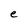
Character: e